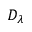
D _ { \lambda }